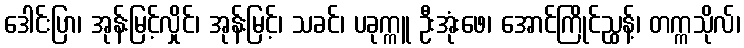
ဒေါင်းပြာ၊ အုန်းမြင့်လှိုင်၊ အုန်းမြင့်၊ သခင်၊ ပခုက္ကူ ဦးအုံးဖေ၊ အောင်ကြိုင်ညွှန့်၊ တက္ကသိုလ်၊